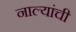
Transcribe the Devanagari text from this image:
नाल्यांची